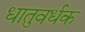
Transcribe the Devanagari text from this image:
धातुवर्धक